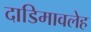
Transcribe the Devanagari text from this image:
दाडिमावलेह